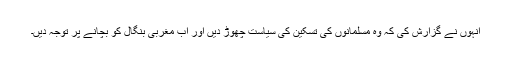
انہوں نے گزارش کی کہ وہ مسلمانوں کی تسکین کی سیاست چھوڑ دیں اور اب مغربی بنگال کو بچانے پر توجہ دیں۔